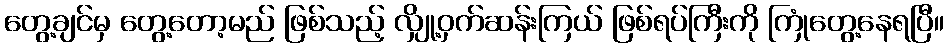
တွေ့ချင်မှ တွေ့တော့မည် ဖြစ်သည့် လျှို့ဝှက်ဆန်းကြယ် ဖြစ်ရပ်ကြီးကို ကြုံတွေ့နေရပြီ။